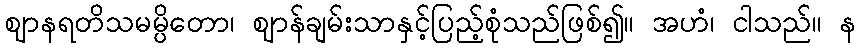
ဈာနရတိသမမ္ပိတော၊ ဈာန်ချမ်းသာနှင့်ပြည့်စုံသည်ဖြစ်၍။ အဟံ၊ ငါသည်။ န